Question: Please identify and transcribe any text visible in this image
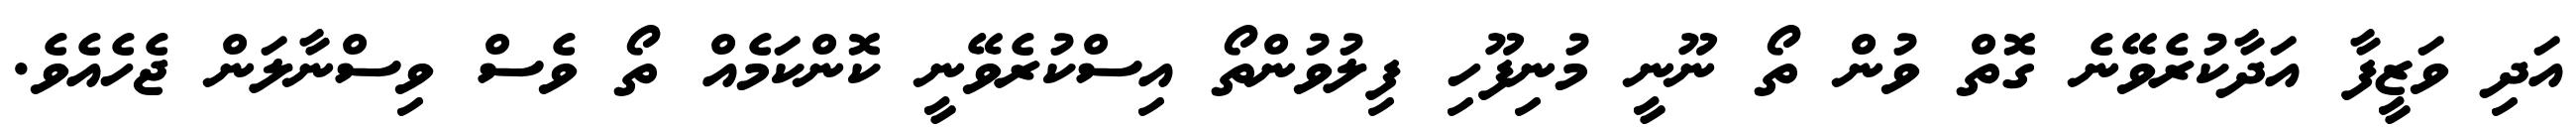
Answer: އަދި ވަޒީފާ އަދާކުރެވޭނެ ގޮތް ވުން ތޯ ނޫނީ މުނިފޫހި ފިލުވުންތޯ އިސްކުރެވޭނީ ކޮންކަމެއް ތޯ ވެސް ވިސްނާލަން ޖެހެއެވެ.